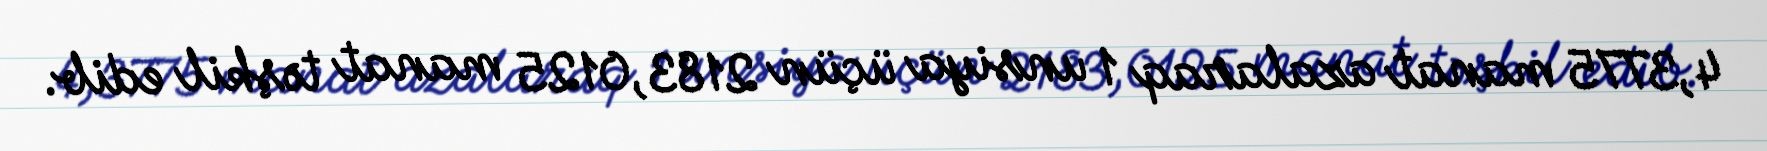
4,3775 manat azalaraq 1 unsiya üçün 2183,0125 manat təşkil edib.